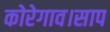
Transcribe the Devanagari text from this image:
कोरेगाव।साप